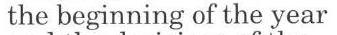
the begining of the year